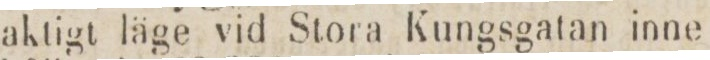
aktigt läge vid Stora Kungsgatan inne